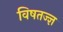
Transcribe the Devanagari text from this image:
विषतज्‍ज्ञ